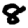
Digit: 8